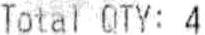
TOTAL QTY: 4